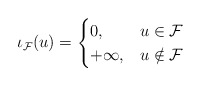
\begin{align*}\iota_{\mathcal{F}}(u) = \begin{cases}0, & u \in \mathcal{F} \\ +\infty, & u\notin \mathcal{F} \end{cases}\end{align*}